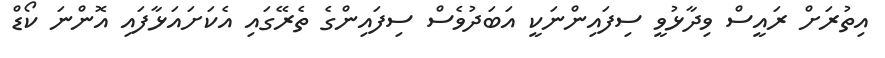
އިތުރަށް ރައީސް ވިދާޅުވީ ސިފައިންނަކީ އަބަދުވެސް ސިފައިންގެ ތެރޭގައި އެކަށައަޅާފައި އޮންނަ ކޯޑް